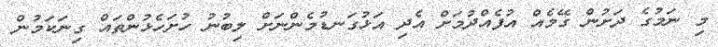
މި ނަމުގެ ދަށުން ގޭމެއް އުފެއްދުމަށް އެދި އަޅުގަނޑުމެންނަށް ލިބުނު ހުށަހެޅުންތައް ގިނަކަމުން